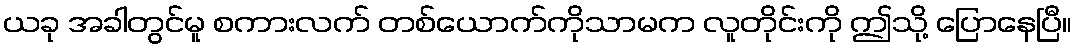
ယခု အခါတွင်မူ စကားလက် တစ်ယောက်ကိုသာမက လူတိုင်းကို ဤသို့ ပြောနေပြီ။